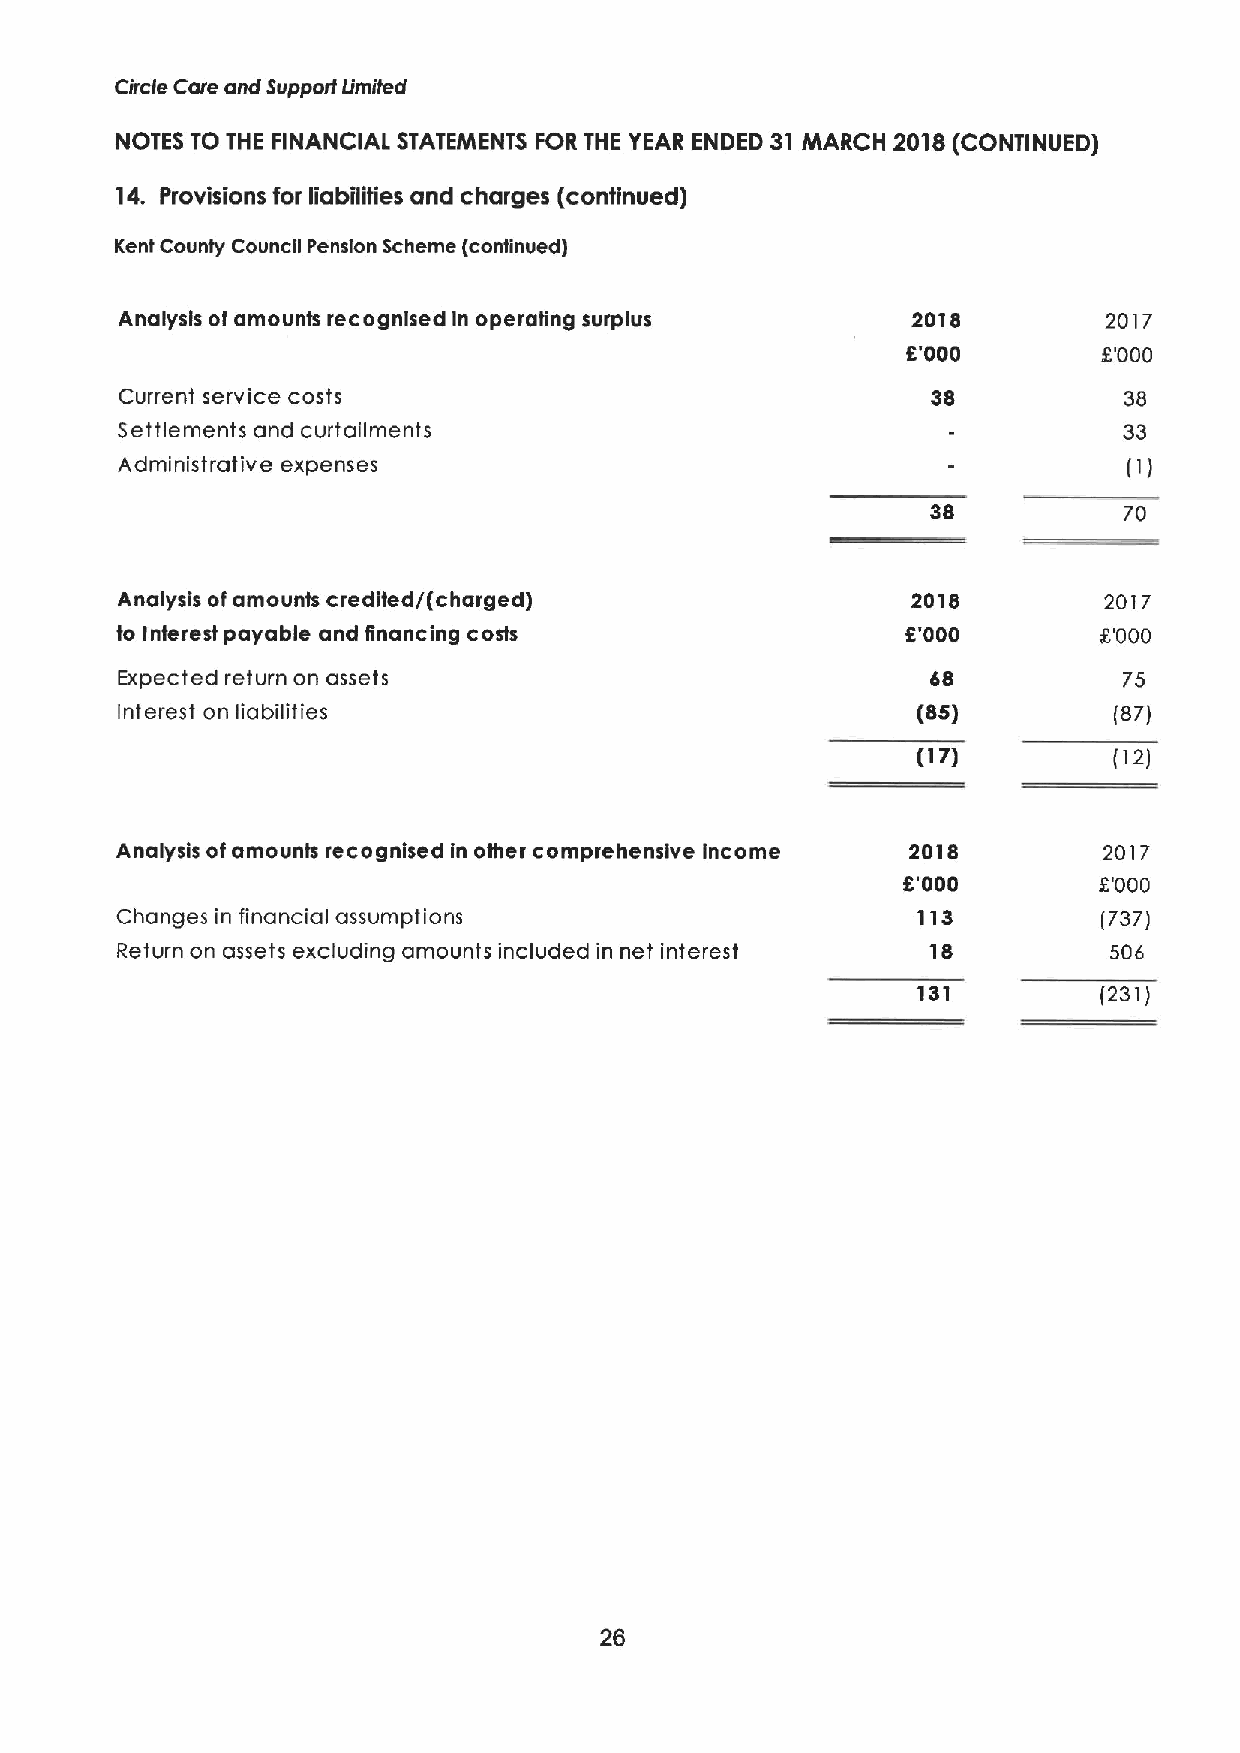
Circle Care and Supporf Umited
 NOTES TO THE FINANCIAL STATEMENTS FOR THE YEAR ENDED 31 MARCH 2018(CONTINUED)
 14. Provisions for liabilities and charges (continued)
 Kent County Council Pension Scheme (continued)
 Analysis of amounts recognised in operating surplus 2018         2017
 8'000        8'000
 Current service costs                                 38          38
 Settlements and curtailments                                      33
 Administrative expenses                                            (I)
 38          70
 Analysis ofamounts credited/(charged)               2018         2017
 to Interest payable and financing costs             8'000        S'000
 Expected return on assets                             68          75
 Interest on liabilities                              (8$)         (87)
 (17)         (12)
 Analysis ofamounts recognised In other comprehensive income 2018 2017
 8'000        S'000
 Changes in financial assumptions                     113         [737)
 Return on assets excluding amounts included in net interest 18   506
 131         (231)
 26